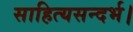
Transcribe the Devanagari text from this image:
साहित्यसन्दर्भ।